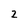
Character: 2